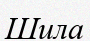
Шила